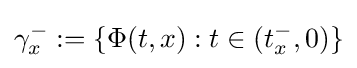
\gamma _{x}^{-}:=\{\Phi (t,x):t\in (t_{x}^{-},0)\}